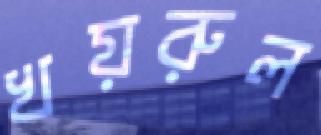
খয়রুল